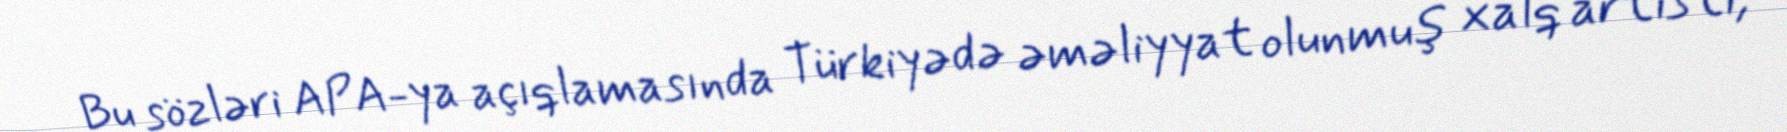
Bu sözləri APA-ya açıqlamasında Türkiyədə əməliyyat olunmuş xalq artisti,